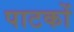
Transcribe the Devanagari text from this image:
पाटकों